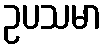
ဥပသမာ